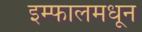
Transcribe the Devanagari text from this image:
इम्फालमधून